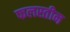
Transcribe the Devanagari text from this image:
फलस्तीन